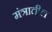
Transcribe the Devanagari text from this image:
मंत्रातील